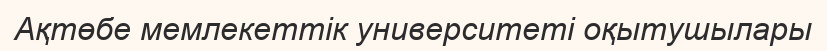
Ақтөбе мемлекеттік университеті оқытушылары